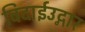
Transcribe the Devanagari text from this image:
विदाईउद्गार